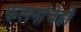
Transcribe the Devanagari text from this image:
फलनांचेही